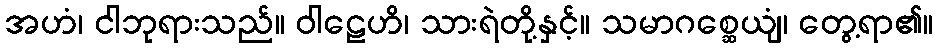
အဟံ၊ ငါဘုရားသည်။ ဝါဠေဟိ၊ သားရဲတို့နှင့်။ သမာဂစ္ဆေယျံ၊ တွေ့ရာ၏။